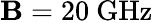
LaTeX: \mathbf{B}=20~\mathrm{{GHz}}